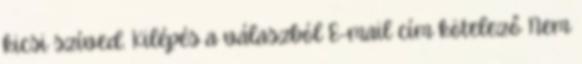
kicsi szíved. Kilépés a válaszból E-mail cím kötelező Nem